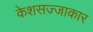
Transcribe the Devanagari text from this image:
केशसज्जाकार